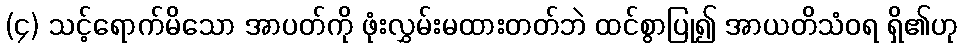
(၄) သင့်ရောက်မိသော အာပတ်ကို ဖုံးလွှမ်းမထားတတ်ဘဲ ထင်စွာပြု၍ အာယတိသံဝရ ရှိ၏ဟု